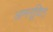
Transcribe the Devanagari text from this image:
अननूदित